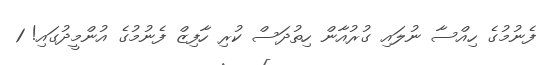
ފެނުމުގެ ހިއްސާ ނުލައި ގުރުއާން ހިތުދަސް ކުރި ހާފިޒް ފެނުމުގެ އުންމީދުގައި! 1